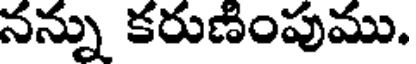
నన్ను కరుణింపుము.